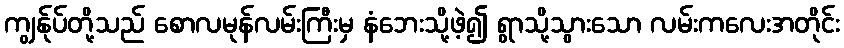
ကျွန်ုပ်တို့သည် စောလမုန်လမ်းကြီးမှ နံဘေးသို့ဖဲ့၍ ရွာသို့သွားသော လမ်းကလေးအတိုင်း